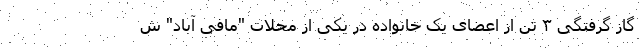
گاز گرفتگی ۳ تن از اعضای یک خانواده در یکی از محلات "مافی آباد" ش